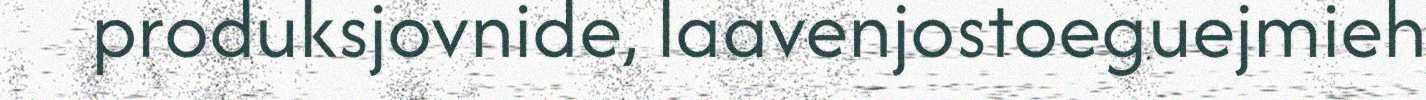
produksjovnide, laavenjostoeguejmieh